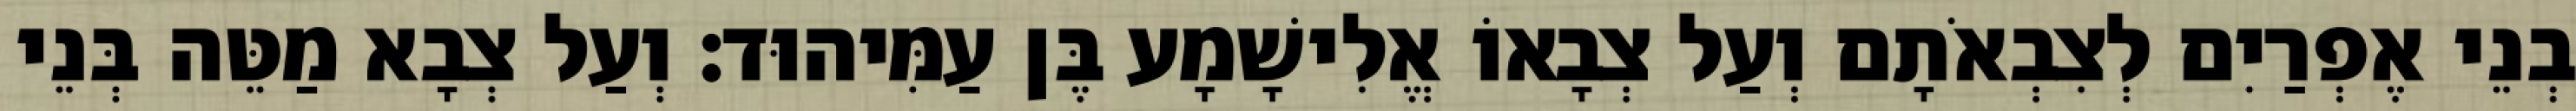
בְנֵי אֶפְרַיִם לְצִבְאֹתָם וְעַל צְבָאוֹ אֱלִישָׁמָע בֶּן עַמִּיהוּד׃ וְעַל צְבָא מַטֵּה בְּנֵי